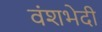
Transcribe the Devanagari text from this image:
वंशभेदी